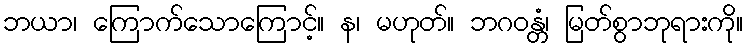
ဘယာ၊ ကြောက်သောကြောင့်။ န၊ မဟုတ်။ ဘဂဝန္တံ၊ မြတ်စွာဘုရားကို။